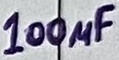
Text: 100µF